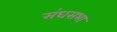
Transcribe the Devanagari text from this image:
संघसभा